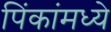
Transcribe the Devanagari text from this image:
पिंकांमध्ये